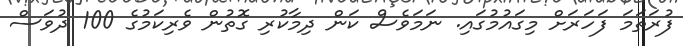
ފުރަތަމަ ފަހަރަށް މިގައުމުގައި. ނަމަވެސް ކަން ދިމާކުރި ގޮތުން ވެރިކަމުގެ 100 ދުވަސް